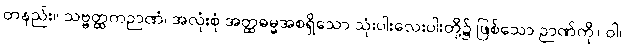
တနည်း။ သဗ္ဗတ္ထကဉာဏံ၊ အလုံးစုံ အတ္ထဓမ္မအစရှိသော သုံးပါးလေးပါးတို့၌ ဖြစ်သော ဉာဏ်ကို။ ဝါ၊